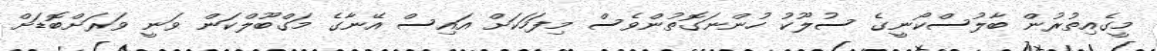
މީގެއިތުރުން ބާލުސްކޯނީގެ ސުލޫކު ހުންނަގޮތުންވެސް މިފަހަކަށް އައިސް އޭނާގެ މަގްބޫލްކަން ވަނީ ވަރަށްބޮޑަށް